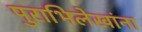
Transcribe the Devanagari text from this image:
पुराभिलेखांना